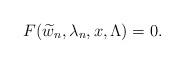
LaTeX: \begin{align*}F (\widetilde{w}_n, \lambda_n, x, \Lambda )=0.\end{align*}